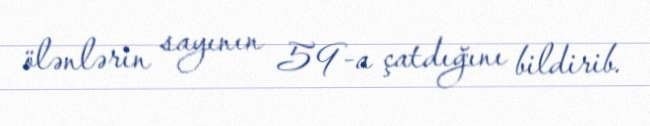
ölənlərin sayının 59-a çatdığını bildirib.